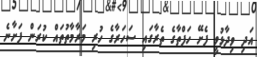
އަދި ވިދާޅުވީ ފެށޭ ހަފްތާގެ ތެރާގައި ސަހަރާގެ ހުރި މަރާމާތުތައް ކުރަން ފަށާނެ